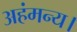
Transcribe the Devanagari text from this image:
अहंमन्य।